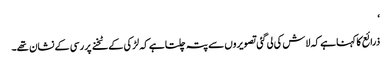
‘
ذرائع کا کہنا ہے کہ لاش کی لی گئی تصویروں سے پتہ چلتا ہے کہ لڑکی کےٹخنے پر رسی کے نشان تھے۔